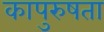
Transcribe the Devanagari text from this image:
कापुरुषता